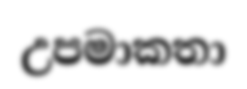
උපමාකතා